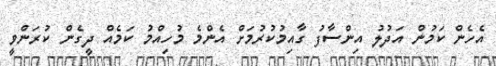
އެހެން ކަމުން އަދުލު އިންސާފު ގާއިމުކުރުމަށް އެންމެ މުހިއްމު ކަމެއް ދީގެން ކުރަންވީ